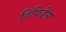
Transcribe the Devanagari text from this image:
डिफ़िडेंस